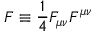
F \equiv \frac { 1 } { 4 } F _ { \mu \nu } F ^ { \mu \nu }